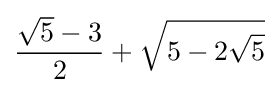
{\dfrac {{\sqrt {5}}-3}{2}}+{\sqrt {5-2{\sqrt {5}}}}